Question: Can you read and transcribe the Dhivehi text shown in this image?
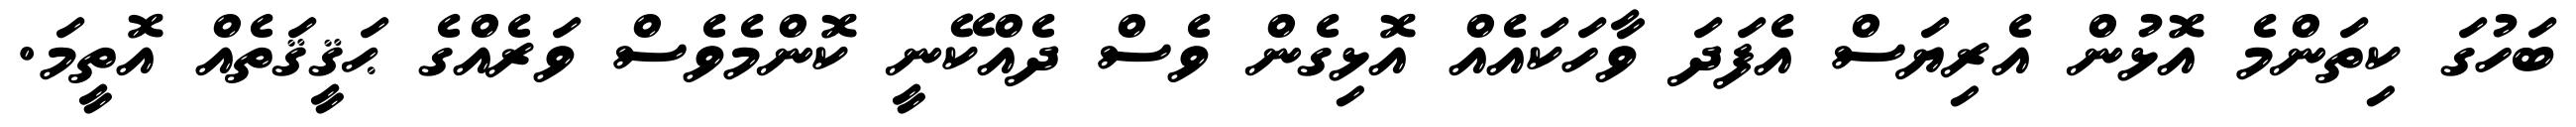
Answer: ބަހުގަ ކިތަންމެ އޮޅުން އެރިޔަސް އެފަދަ ވާހަކައެއް އޮޅިގެން ވެސް ދެއްކޭނީ ކޮންމެވެސް ވަރެއްގެ ޙަޤީޤަތެއް އޮތީމަ.